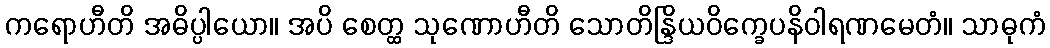
ကရောဟီတိ အဓိပ္ပါယော။ အပိ စေတ္ထ သုဏောဟီတိ သောတိန္ဒြိယဝိက္ခေပနိဝါရဏမေတံ။ သာဓုကံ